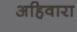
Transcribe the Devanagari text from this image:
अहिवारा